Source: Handwritten
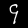
Digit: ၄ (4)